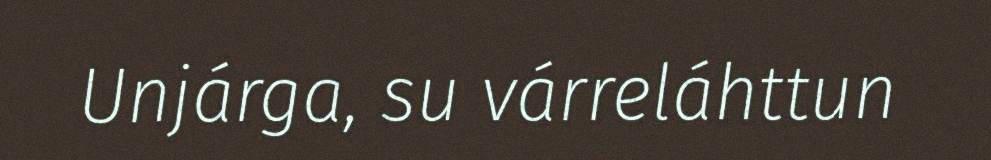
Unjárga, su várreláhttun